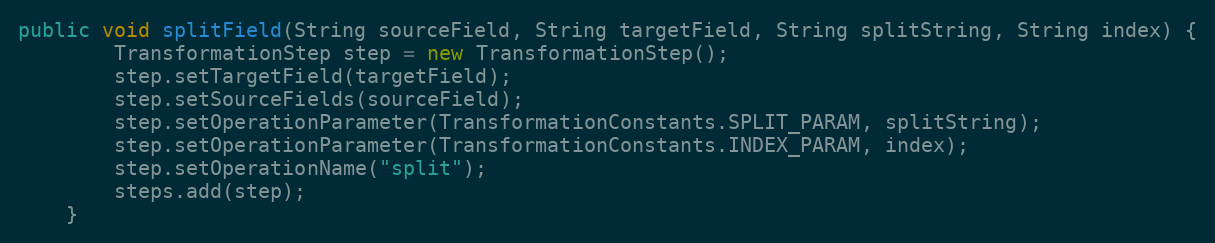
Language: Java
public void splitField(String sourceField, String targetField, String splitString, String index) {
        TransformationStep step = new TransformationStep();
        step.setTargetField(targetField);
        step.setSourceFields(sourceField);
        step.setOperationParameter(TransformationConstants.SPLIT_PARAM, splitString);
        step.setOperationParameter(TransformationConstants.INDEX_PARAM, index);
        step.setOperationName("split");
        steps.add(step);
    }